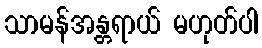
သာမန်အန္တရာယ် မဟုတ်ပါ